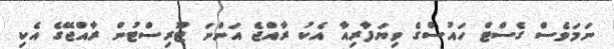
ނަމަވެސް ގެސްޓް ހައުސްގެ ވިޔަފާރިއާ އެކު ރާއްޖެ އަންނަ ޓޫރިސްޓުން ރާއްޖޭގެ އެކި